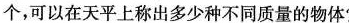
个，可以在天平上称出多少种不同质量的物体?